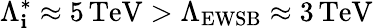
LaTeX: \Lambda_{\mathbf{i}}^{*}\approx5\, \mathrm{{TeV}}>\Lambda_{\mathrm{{EWSB}}}\approx3\, \mathrm{{TeV}}